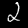
Digit: 2